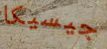
جيسيكا